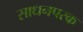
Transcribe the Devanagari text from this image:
साधनपरक